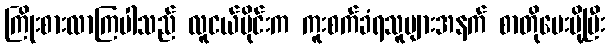
ကြိုးစားလာကြပါသည် လူငယ်ပိုင်းက ကူးစက်ခံရသူများအနက် စာတိုပေးပို့ပြီး